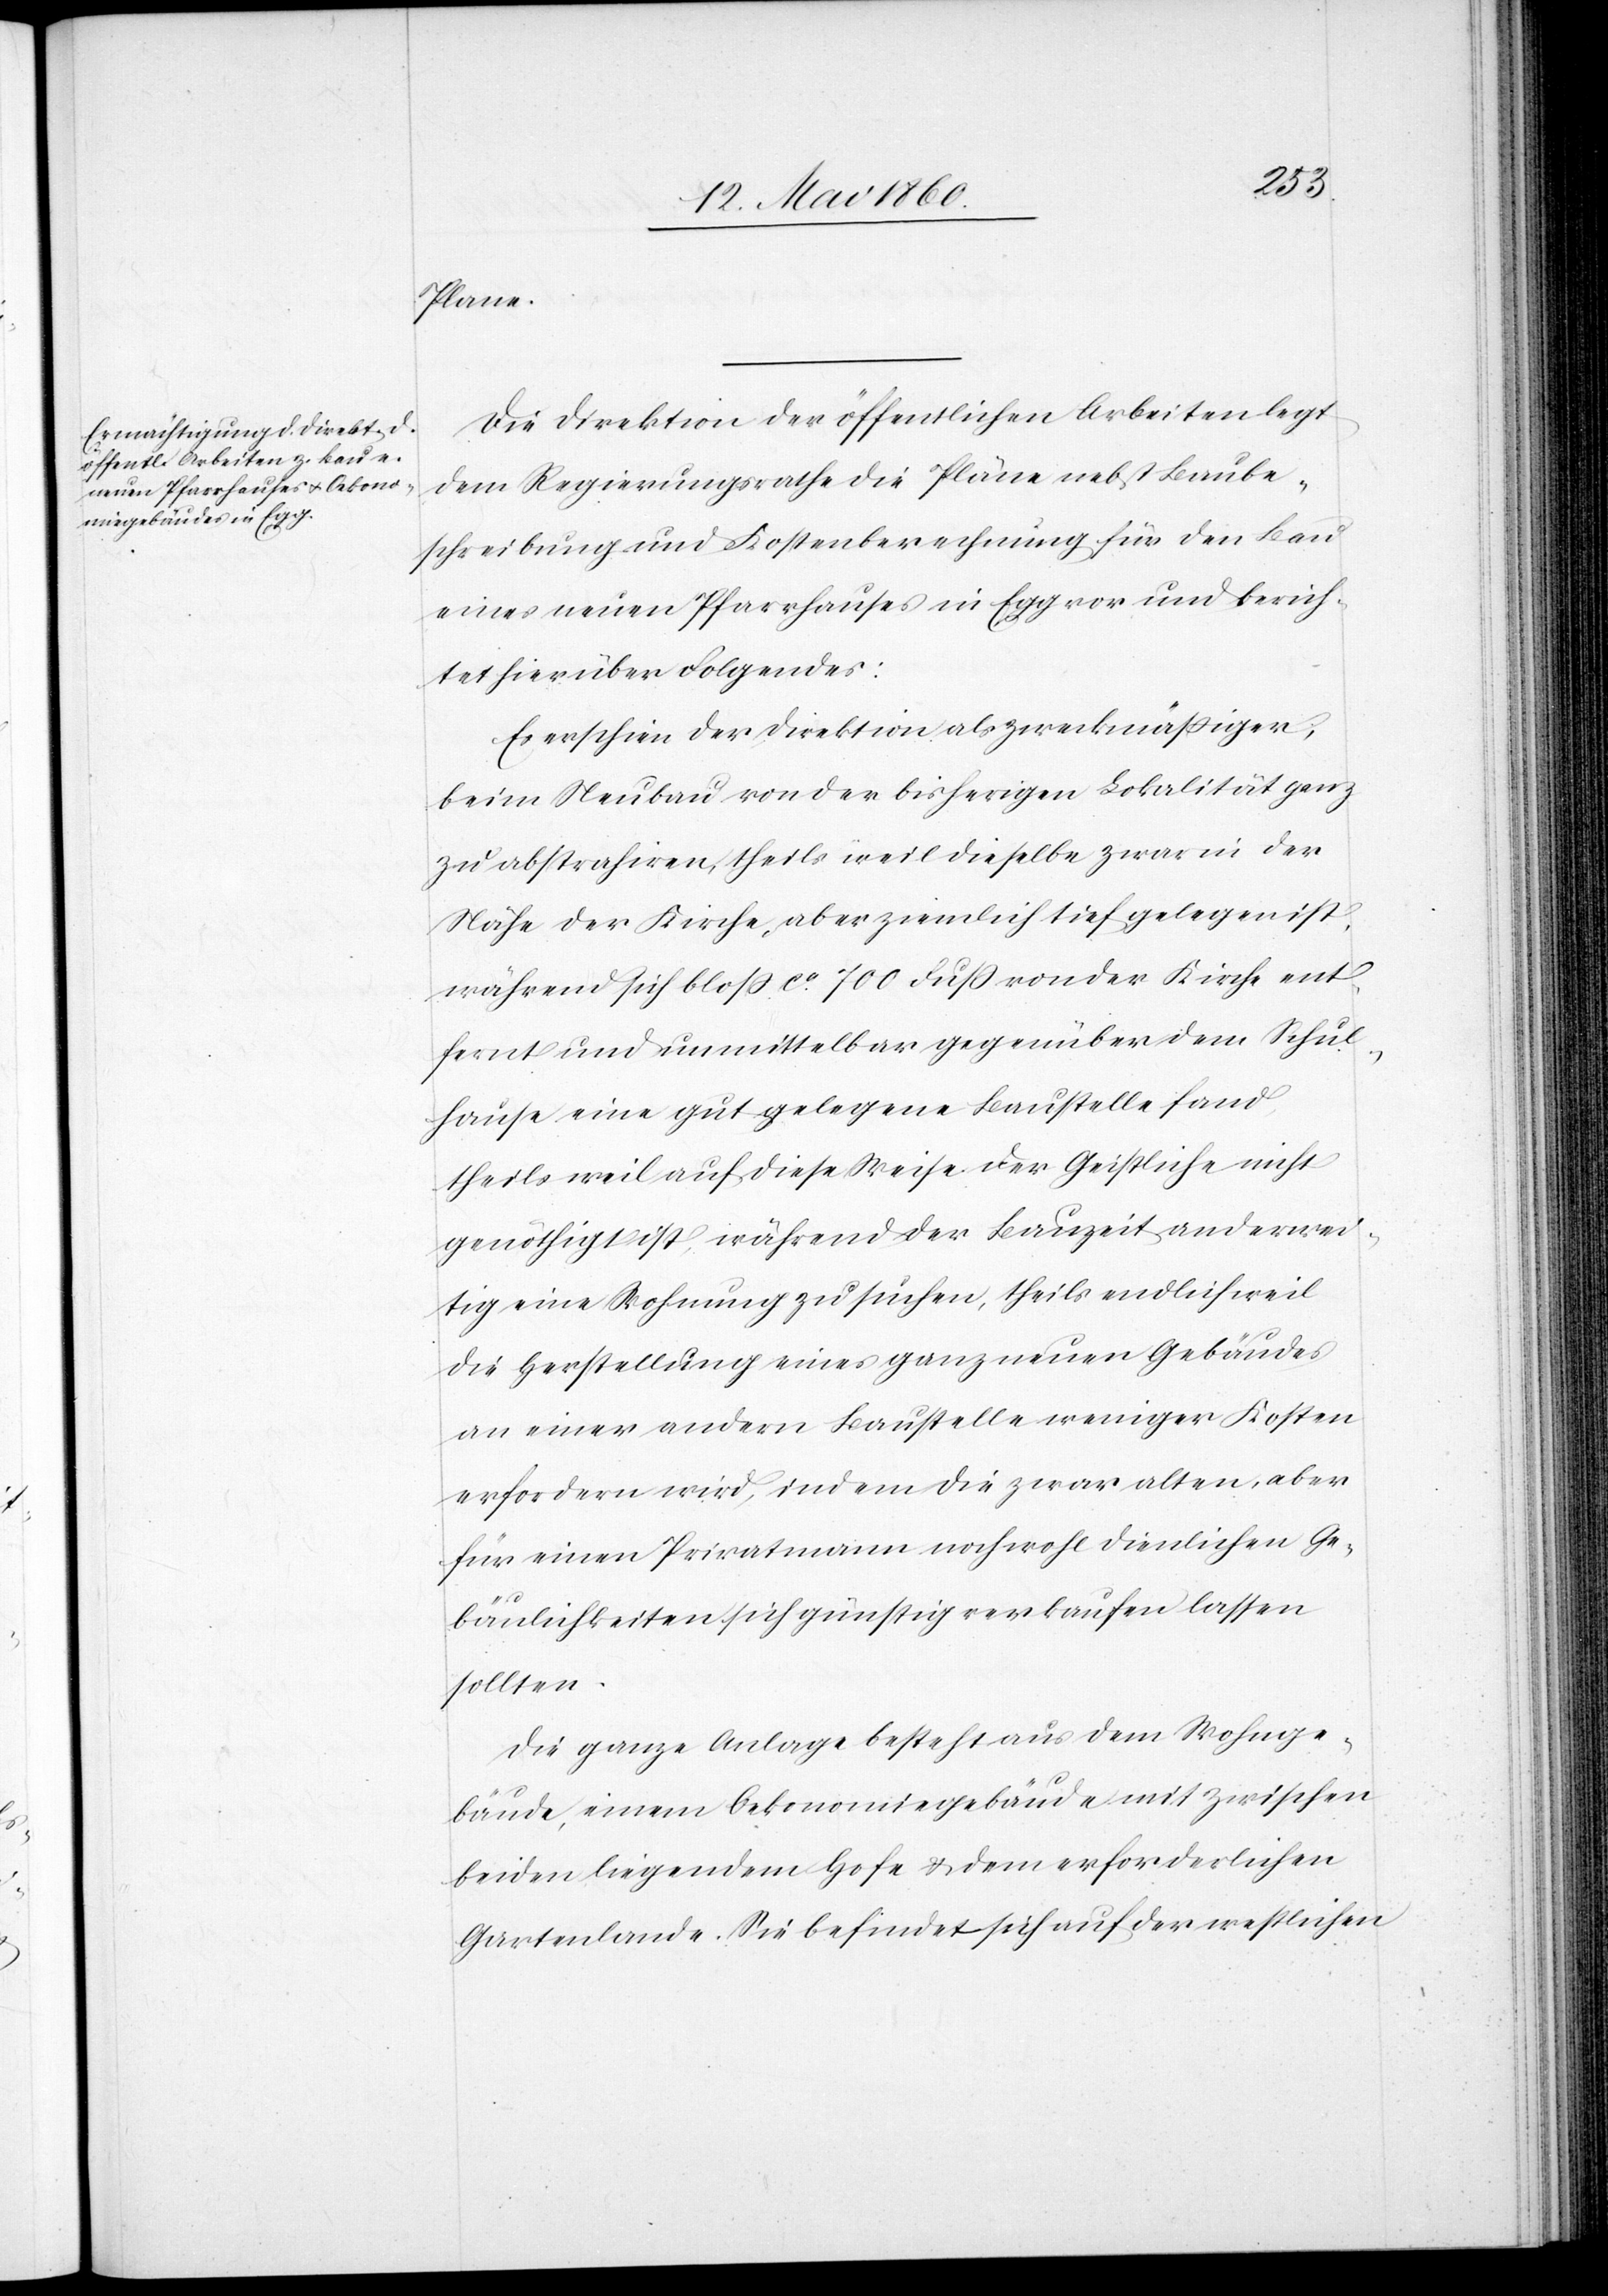
Plane.
Die Direktion der öffentlichen Arbeiten legt
dem Regierungsrathe die Pläne nebst Baube¬
schreibung und Kostenberechnung für den Bau
eines neuen Pfarrhauses in Egg vor und berich¬
tet hierüber Folgendes:
Es erschien der Direktion als zweckmässiger,
beim Neubau von der bisherigen Lokalität ganz
zu abstrahiren, theils weil dieselbe zwar in der
Nähe der Kirche, aber ziemlich tief gelegen ist,
während sich bloss ca 700 Fuss von der Kirche ent¬
fernt und unmittelbar gegenüber dem Schul¬
hause eine gut gelegene Baustelle fand,
theils weil auf diese Weise der Geistliche nicht
genöthigt ist, während der Bauzeit anderwei¬
tig eine Wohnung zu suchen, theils endlich weil
die Herstellung eines ganz neuen Gebäudes
an einer andern Baustelle weniger Kosten
erfordern wird, indem die zwar alten, aber
für einen Privatmann noch wohl dienlichen Ge¬
bäulichkeiten sich günstig verkaufen lassen
sollten.
Die ganze Anlage besteht aus dem Wohnge¬
bäude, einem Oekonomiegebäude mit zwischen
beiden liegendem Hofe u. dem erforderlichen
Gartenlande. Sie befindet sich auf der westlichen